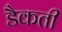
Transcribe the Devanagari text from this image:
डैकती